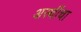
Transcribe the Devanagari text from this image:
अस्थींचा